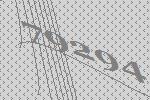
79294